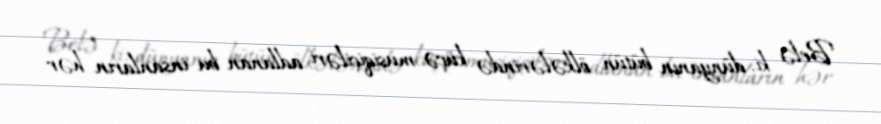
Belə ki, dünyanın bütün ölkələrində küçə musiqiçiləri adlanan bu insanların hər